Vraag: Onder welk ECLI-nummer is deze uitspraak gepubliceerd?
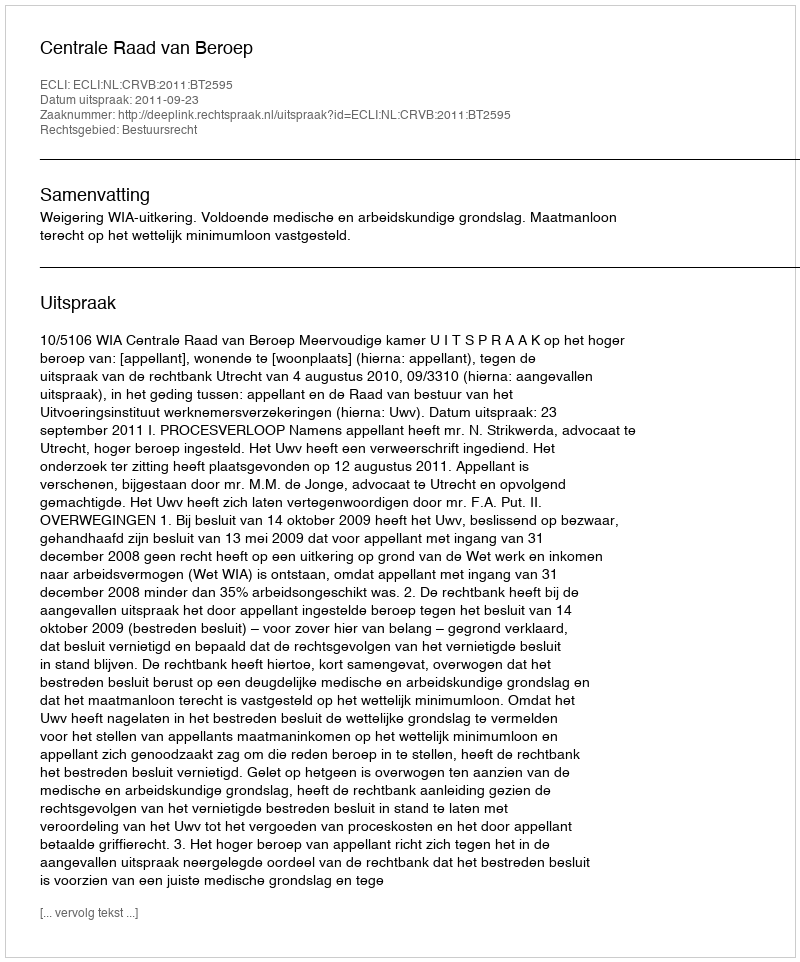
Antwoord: ECLI:NL:CRVB:2011:BT2595